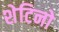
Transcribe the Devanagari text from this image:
शेटिनो